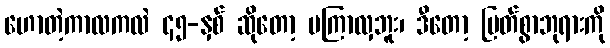
ဟောတဲ့ကာလကလဲ ၄၅-နှစ် ဆိုတော့ မကြာလှဘူး၊ ဒီတော့ မြတ်စွာဘုရားကို